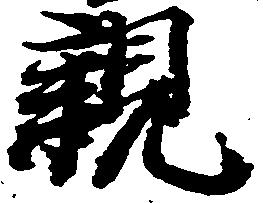
親